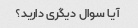
آیا سوال دیگری دارید؟